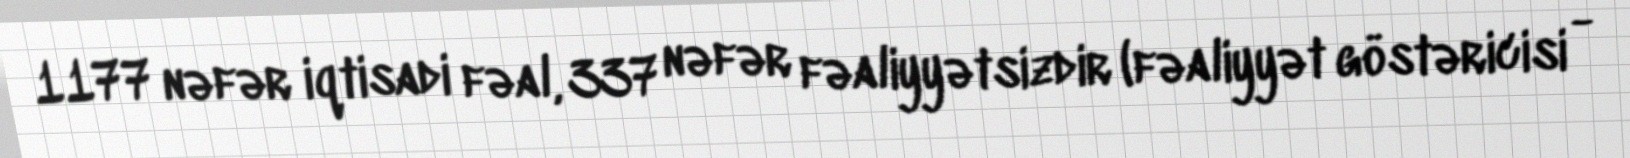
1177 nəfər iqtisadi fəal, 337 nəfər fəaliyyətsizdir (fəaliyyət göstəricisi -